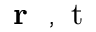
\mathrm { ~ { ~ \bf ~ r ~ } ~ , ~ t ~ }